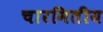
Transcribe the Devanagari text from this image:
चारमितीय